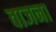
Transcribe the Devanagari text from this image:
वाजना